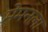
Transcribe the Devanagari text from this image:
मेमनला